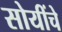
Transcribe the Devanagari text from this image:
सोयींचे